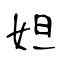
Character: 妲